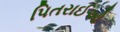
પિતરાઈઓ